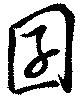
囝